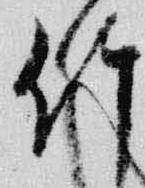
竹